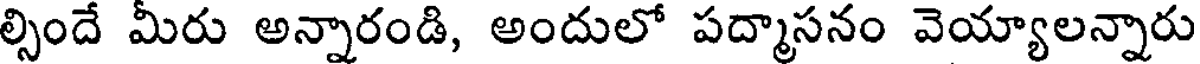
ల్సిందే మీరు అన్నారండి, అందులో పద్మాసనం వెయ్యాలన్నారు